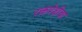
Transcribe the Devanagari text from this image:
रक्तपेशीचा